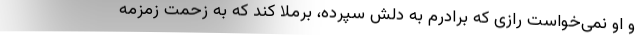
و او نمی‌خواست رازی که برادرم به دلش سپرده، برملا کند که به زحمت زمزمه